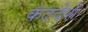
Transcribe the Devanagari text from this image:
कंठदेशे